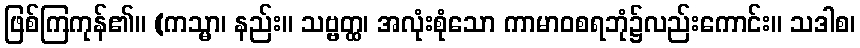
ဖြစ်ကြကုန်၏။ (ကသ္မာ၊ နည်း။ သဗ္ဗတ္ထ၊ အလုံးစုံသော ကာမာဝစရဘုံ၌လည်းကောင်း။ သဒါစ၊